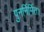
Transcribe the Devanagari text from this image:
पुनर्निर्मित।